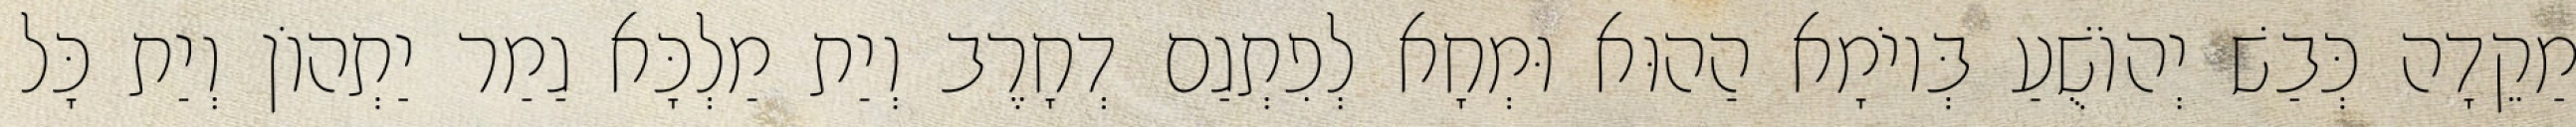
מַקֵדָה כְּבַשׁ יְהוֹשֻׁעַ בְּיוֹמָא הַהוּא וּמְחָא לְפִתְגַם דְחָרֶב וְיַת מַלְכָּא גַמַר יַתְהוֹן וְיַת כָּל